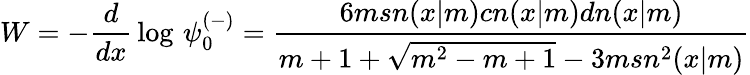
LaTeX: W=-{\frac{d}{dx}}\log\, \psi_{0}^{(-)}={\frac{6msn(x|m)cn(x|m)dn(x|m)}{m+1+\sqrt{m^{2}-m+1}-3msn^{2}(x|m)}}